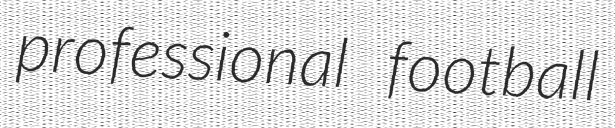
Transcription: professional football